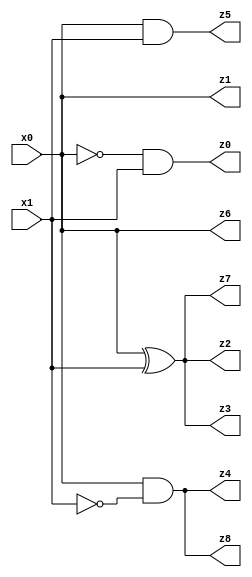
// Benchmark "X_34" written by ABC on Tue Jun 06 23:40:01 2023

module X_34 ( 
    x0, x1,
    z0, z1, z2, z3, z4, z5, z6, z7, z8  );
  input  x0, x1;
  output z0, z1, z2, z3, z4, z5, z6, z7, z8;
  assign z0 = ~x0 & x1;
  assign z1 = x1 ? x0 : x0;
  assign z2 = x0 ^ x1;
  assign z3 = x0 ^ x1;
  assign z4 = x0 & ~x1;
  assign z5 = x0 & x1;
  assign z6 = x1 ? x0 : x0;
  assign z7 = x0 ^ x1;
  assign z8 = x0 & ~x1;
endmodule